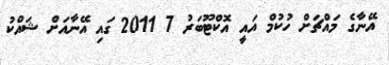
އޭނާގެ މައްޗަށް ހުކުމް އައީ އޮކްޓޫބަރު 7 2011 ގައި އޭނާއަށް ޝައްކު